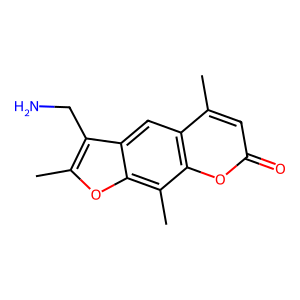
SMILES: Cc1oc2c(C)c3oc(=O)cc(C)c3cc2c1CN
Inhibits HIV replication: No